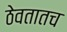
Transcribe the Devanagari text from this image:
ठेवतातच